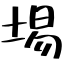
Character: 埸